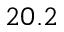
2 0 . 2